Report on the Civil Veterinary Department, Eastern Bengal and Assam - 1907-1911
Year: 1907
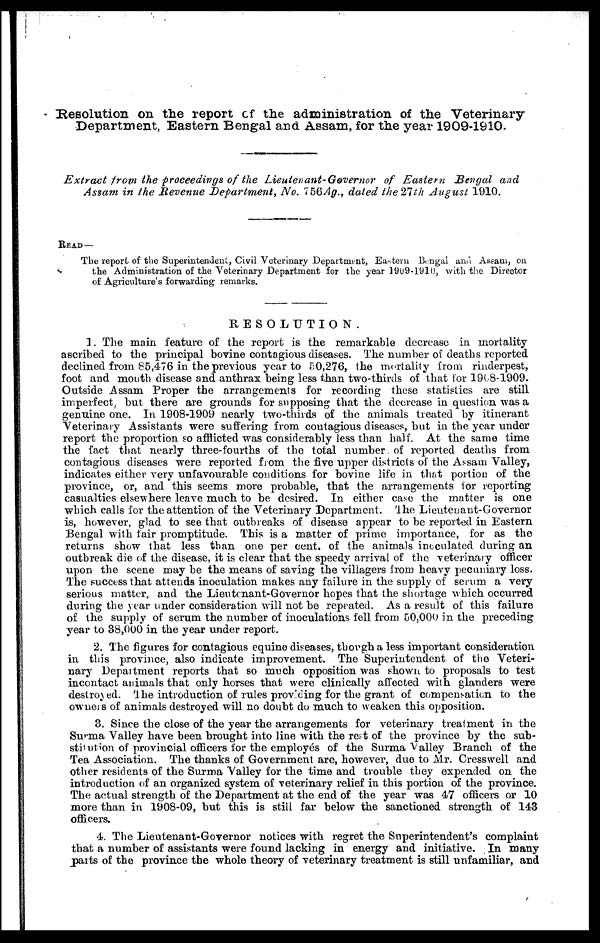
Resolution on the report of the administration of the Veterinary
Department, Eastern Bengal and Assam, for the year 1909-1910.
Extract from the proceedings of the Lieutenant-Governor of Eastern Bengal and
Assam in the Revenue Department, No. 756 Ag., dated the 21th August 1910.
READ —
The report of the Superintendent, Civil Veterinary Department, Eastern Bengal ana Assam, on
the Administration of the Veterinary Department for the year 1909-1910, with the Director
of Agriculture's forwarding remarks.
RESOLUTION.
1. The main feature of the report is the remarkable decrease in mortality
ascribed to the principal bovine contagions diseases. The number of deaths reported
declined from 85,476 in the previous year to 50,276, the mortality from rinderpest,
foot and mouth disease and anthrax being less than two-thirds of that for 1908-1909.
Outside Assam Proper the arrangements for recording these statistics are still
imperfect, but there are grounds for supposing that the decrease in question was a
genuine one. In 1908-1909 nearly two-thirds of the animals treated by itinerant
Veterinary Assistants were suffering from contagious diseases, but in the year under
report the proportion so afflicted was considerably less than half. At the same time
the fact that nearly three-fourths of the total number of reported deaths from
contagious diseases were reported from the five upper districts of the Assam Valley,
indicates either very unfavourable conditions for bovine life in that portion of the
province, or, and this seems more probable, that the arrangements for reporting
casualties elsewhere leave much to be desired. In either case the matter is one
which calls for the attention of the Veterinary Department. The Lieutenant-Governor
is, however, glad to see that outbreaks of disease appear to be reported in Eastern
Bengal with fair promptitude. This is a matter of prime importance, for as the
returns show that less than one per cent. of the animals inoculated during an
outbreak die of the disease, it is clear that the speedy arrival of the veterinary officer
upon the scene may be the means of saving the villagers from heavy pecuniary loss.
The success that attends inoculation makes any failure in the supply of serum a very
serious matter, and the Lieutenant-Governor hopes that the shortage which occurred
during the year under consideration will not be repeated. As a result of this failure
of the supply of serum the number of inoculations fell from 60.000 in the preceding
year to 38,000 in the year under report.
2. The figures for contagious equine diseases, though a less important consideration
in this province, also indicate improvement. The Superintendent of the Veteri-
nary Department reports that so much opposition was shown to proposals to test
incontact animals that only horses that were clinically affected with glanders were
destroyed. The introduction of rules providing for the grant of compensation to the
owners of animals destroyed will no doubt do much to weaken this opposition.
8. Since the close of the year the arrangements for veterinary treatment in the
Surma Valley have been brought into line with the rest of the province by the sub-
stitution of provincial officers for the employes of the Surma Valley Branch of the
Tea Association. The thanks of Government are, however, due to Mr. Cresswell and
other residents of the Surma Valley for the time and trouble they expended on the
introduction of an organized system of veterinary relief in this portion of the province.
The actual strength of the Department at the end of the year was 47 officers or 10
more than in 1908-09, but this is still far below the sanctioned strength of 143
officers.
4. The Lieutenant-Governor notices with regret the Superintendent's complaint
that a number of assistants were found lacking in energy and initiative. In many
parts of the province the whole theory of veterinary treatment is still unfamiliar, and